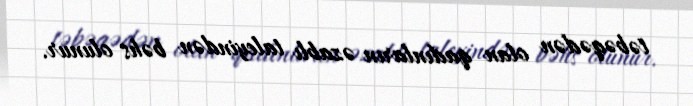
təbəqədən olan qadınların əzablı taleyindən bəhs olunur.